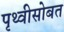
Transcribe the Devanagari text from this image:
पृथ्वीसोबत